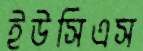
ইউসিএস